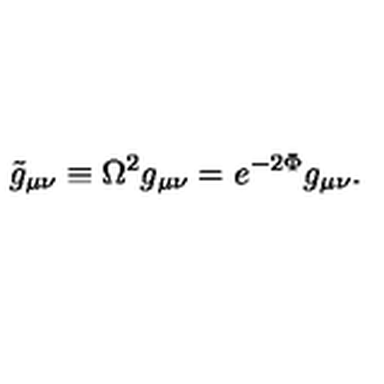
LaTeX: { \tilde { g } } _ { \mu \nu } \equiv \Omega ^ { 2 } g _ { \mu \nu } = e ^ { - 2 \Phi } g _ { \mu \nu } .